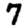
Digit: 7